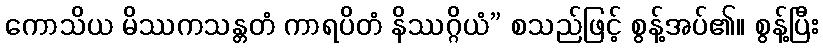
ကောသိယ မိဿကသန္တတံ ကာရပိတံ နိဿဂ္ဂိယံ” စသည်ဖြင့် စွန့်အပ်၏။ စွန့်ပြီး